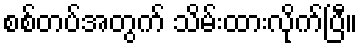
စစ်တပ်အတွက် သိမ်းထားလိုက်ပြီ။